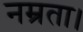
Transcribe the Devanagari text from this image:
नम्रता।